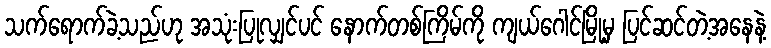
သက်ရောက်ခဲ့သည်ဟု အသုံးပြုလျှင်ပင် နောက်တစ်ကြိမ်ကို ကျယ်ဂေါင်မြို့မှ ပြင်ဆင်တဲ့အနေနဲ့